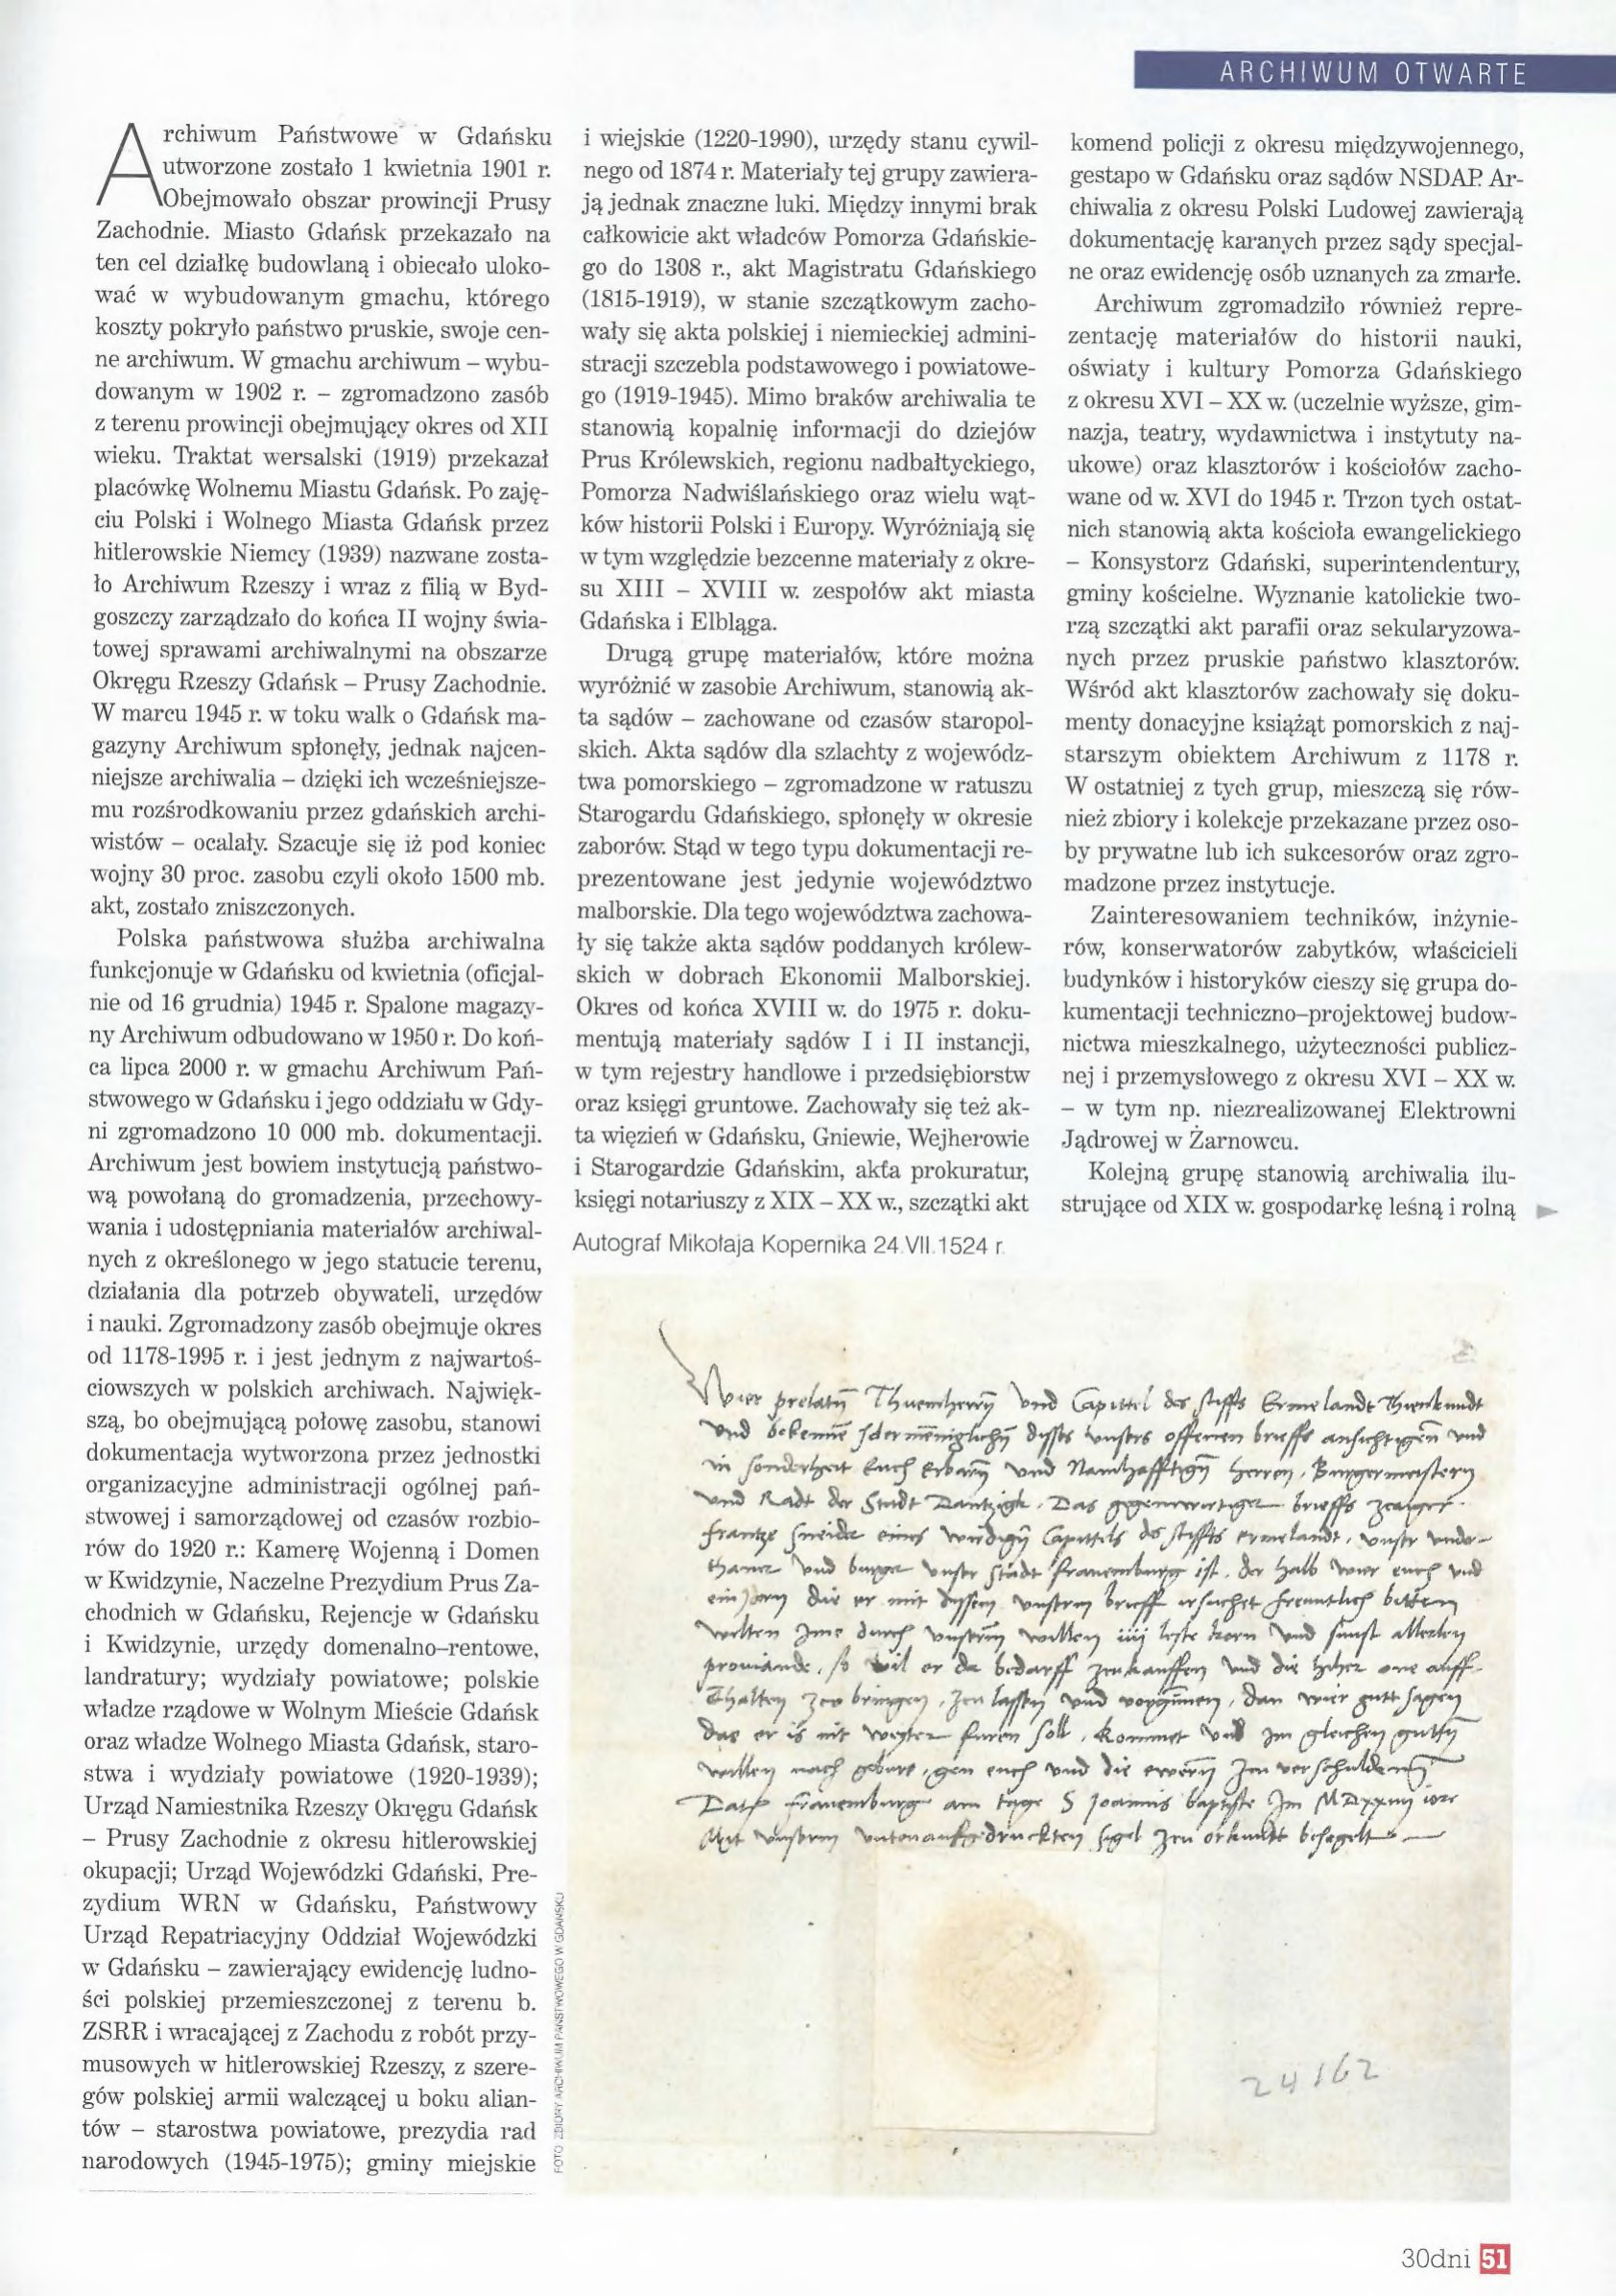
Language: pl